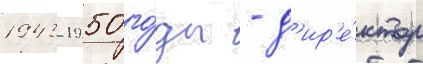
1943-1950 го́ды - д'ир'е́ктор